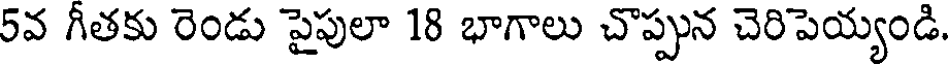
5వ గీతకు రెండు పైపులా 18 భాగాలు చొప్పున చెరిపెయ్యండి.